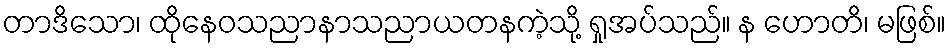
တာဒိသော၊ ထိုနေဝသညာနာသညာယတနကဲ့သို့ ရှုအပ်သည်။ န ဟောတိ၊ မဖြစ်။